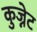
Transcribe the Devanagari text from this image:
कुज्नेट